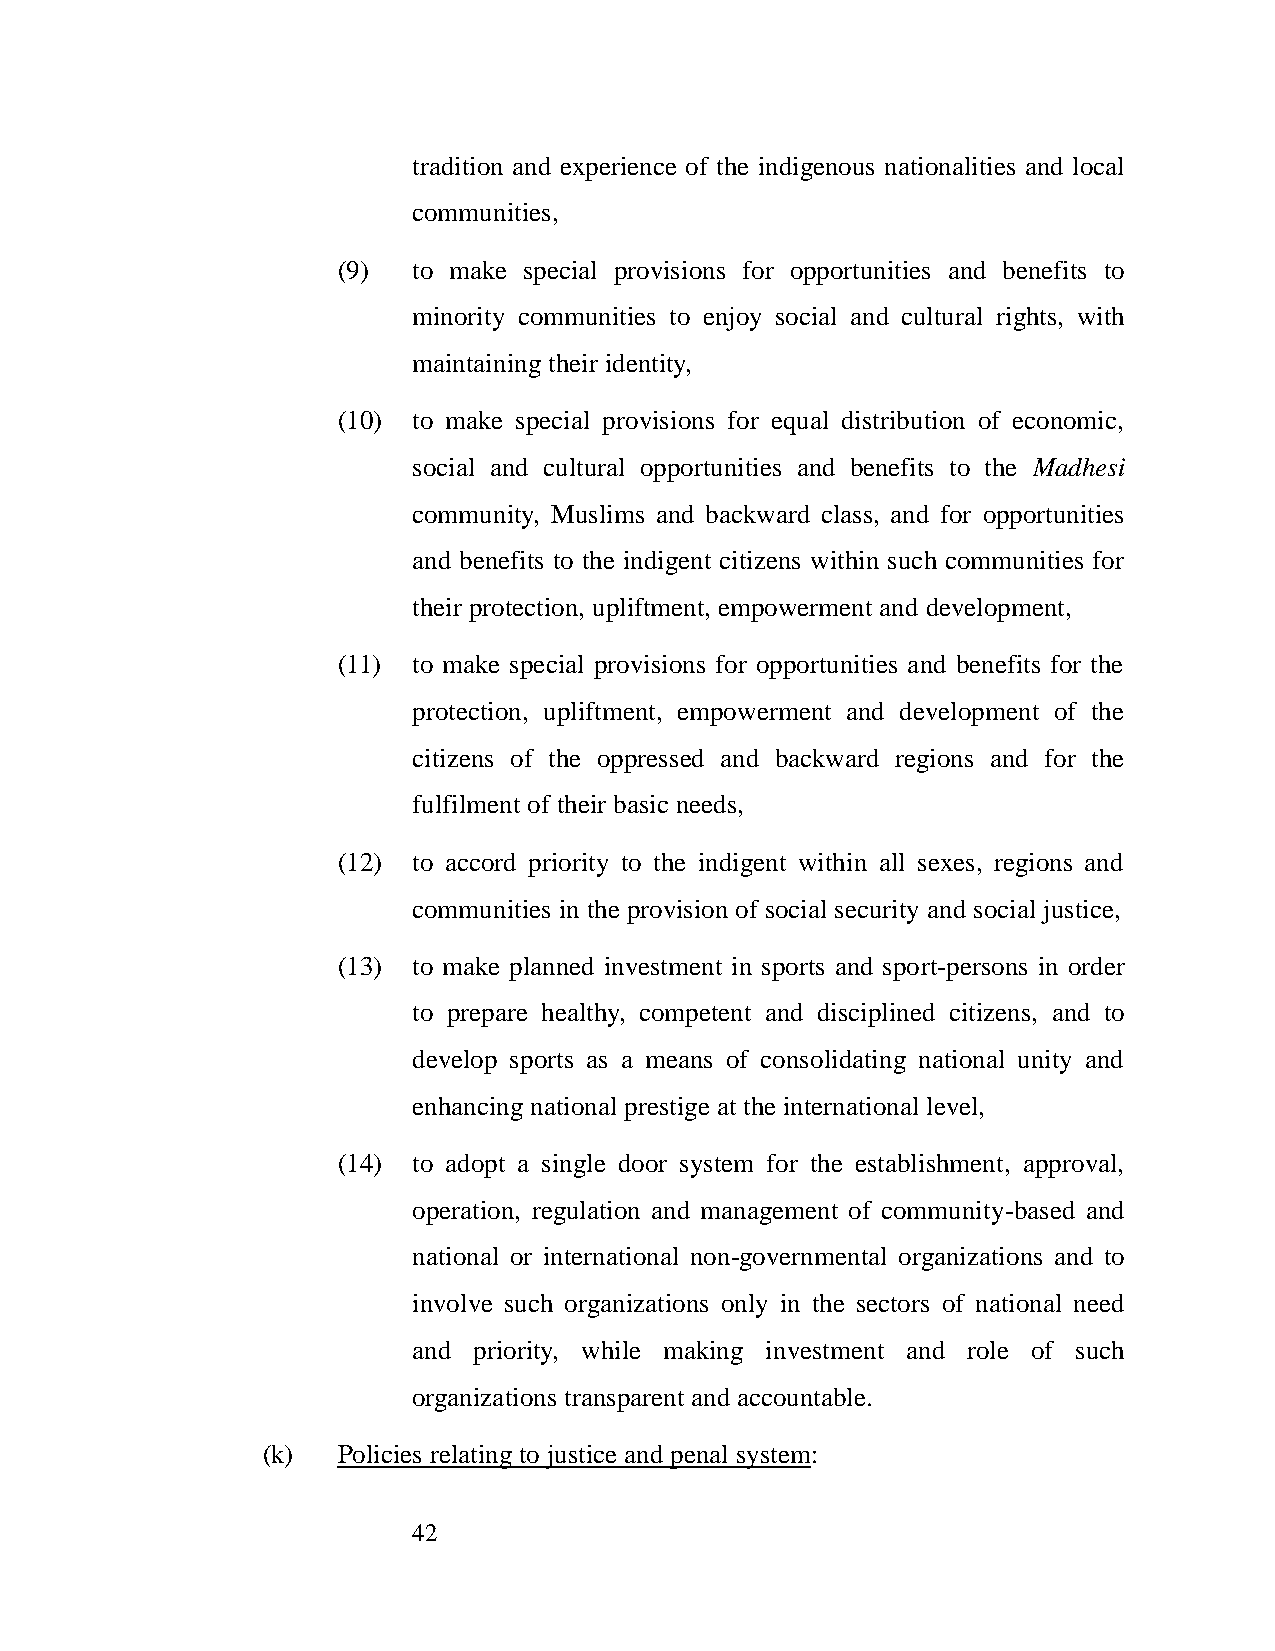
tradition and experience of the indigenous nationalities and local
 communities,
 (9)  to make special provisions for opportunities and benefits to
 minority communities to enjoy social and cultural rights, with
 maintaining their identity,
 (10) to make special provisions for equal distribution of economic,
 social and cultural opportunities and benefits to the Madhesi
 community, Muslims and backward class, and for opportunities
 and benefits to the indigent citizens within such communities for
 their protection, upliftment, empowerment and development,
 (11) to make special provisions for opportunities and benefits for the
 protection, upliftment, empowerment and development of the
 citizens of the oppressed and backward regions and for the
 fulfilment of their basic needs,
 (12) to accord priority to the indigent within all sexes, regions and
 communities in the provision of social security and social justice,
 (13) to make planned investment in sports and sport-persons in order
 to prepare healthy, competent and disciplined citizens, and to
 develop sports as a means of consolidating national unity and
 enhancing national prestige at the international level,
 (14) to adopt a single door system for the establishment, approval,
 operation, regulation and management of community-based and
 national or international non-governmental organizations and to
 involve such organizations only in the sectors of national need
 and priority, while making investment and role of such
 organizations transparent and accountable.
 (k)  Policies relating to justice and penal system:
 42